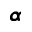
\pmb { \alpha }